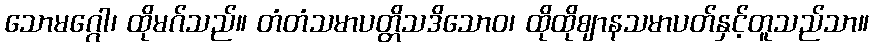
သောမဂ္ဂေါ၊ ထိုမဂ်သည်။ တံတံသမာပတ္တိသဒိသောဝ၊ ထိုထိုဈာနသမာပတ်နှင့်တူသည်သာ။